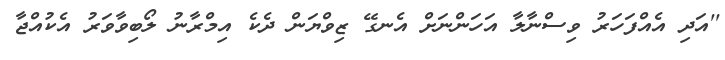
''އަދި އެއްފަހަރު ވިސްނާލާ އަހަންނަށް އެނގޭ ޒިވްޔަން ދެކެ އިމްރާނު ލޯބިވާވަރު އެކުއްޖާ